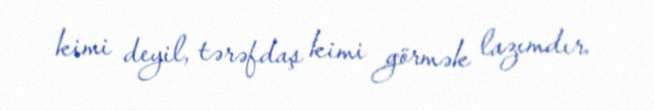
kimi deyil, tərəfdaş kimi görmək lazımdır.